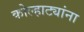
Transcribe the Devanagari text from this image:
कोल्हाट्यांना